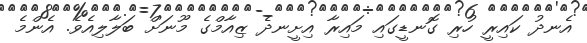
އެނދު ކައިރީ ހުރި ގޮނޑީގައި މައިރާ އިށީނދެ ޒިއާމްގެ މޫނަށް ބަލާލިއެވެ. އެންމެ